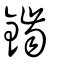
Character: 鑡